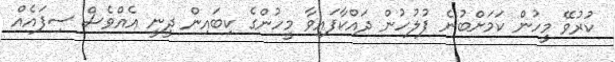
ކުރުވޭ މީހުން ކަމަށްބުނެ ފުލުހުން ދައްކާފައިވާ މީހުންގެ ކިބައިން ދީނީ އެއްވެސް ސިފައެއް